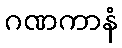
ဂဏကာနံ